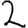
Digit: 2